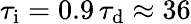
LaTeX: \tau_{\mathrm{i}}=0.9\, \tau_{\mathrm{d}}\approx 36